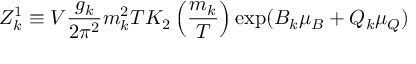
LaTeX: Z _ { k } ^ { 1 } \equiv V { \frac { g _ { k } } { 2 \pi ^ { 2 } } } m _ { k } ^ { 2 } T K _ { 2 } \left( { \frac { m _ { k } } { T } } \right) \exp ( B _ { k } \mu _ { B } + Q _ { k } \mu _ { Q } )